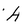
Character: a